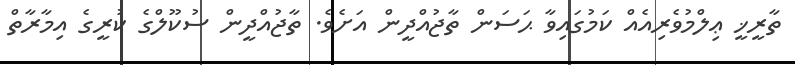
ތާރީޚީ ޢިލްމުވެރިއެއް ކަމުގައިވާ ޙަސަން ތާޖުއްދީން އަށެވެ. ތާޖުއްދީން ސުކޫލްގެ ކުރީގެ އިމާރާތް